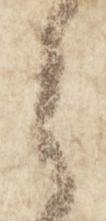
之